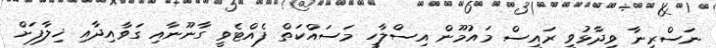
ނަސްރީނާ ވިދާޅުވީ ރައީސް މައުމޫން އިސްލާހީ މަސައްކަތް ފެއްޓެވީ ގާނޫނާއި ގަވާއިދާއި ޚިލާފަށް